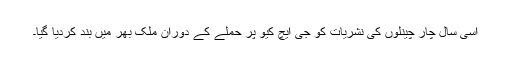
اسی سال چار چینلوں کی نشریات کو جی ایچ کیو پر حملے کے دوران ملک بھر میں بند کردیا گیا۔